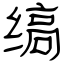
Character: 缟